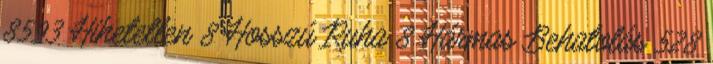
8593 Hihetetlen 8 Hosszú Ruha 8 Hármas Behatolás 528